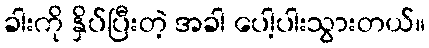
ခါးကို နှိပ်ပြီးတဲ့ အခါ ပေါ့ပါးသွားတယ်။